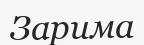
Зарима